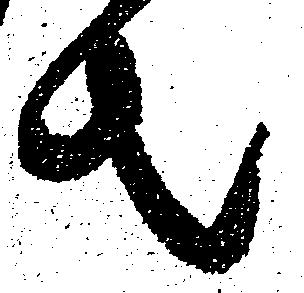
去